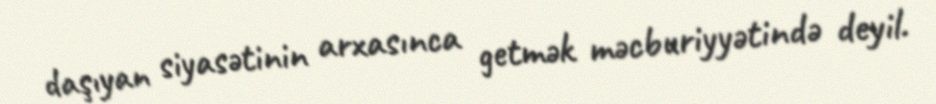
daşıyan siyasətinin arxasınca getmək məcburiyyətində deyil.